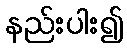
နည်းပါး၍